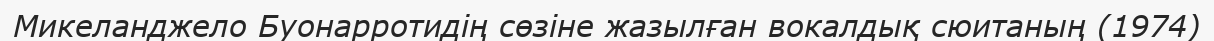
Микеланджело Буонарротидің сөзіне жазылған вокалдық сюитаның (1974)